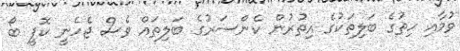
ވުމާއި ހިތުގެ ބަލިތަކުގެ އިތުރުން ކެންސަރުގެ ބަލިތައް ވެސް ޖެހެނީ ކޮފީ ބޯ